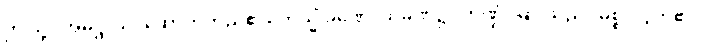
ဤသို့။ အဓိဋ္ဌာသိ၊ ဆောက်တည်၏။ တသ္မိံ ခဏေ၊ ထိုခဏ၌။ ကဏ္ဍံ၊ မြားသည်။ မုစ္စိ၊ လွတ်၏။